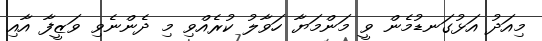
މިއަދު އަޅުގަނޑުމެން ވީ މަންމަޔާ ހަވާލު ކުރެއްވި މި ދެންނެވި ވަޒީފާ އާއި